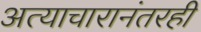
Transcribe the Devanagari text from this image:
अत्याचारानंतरही